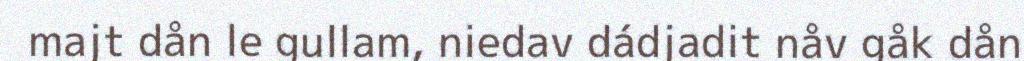
majt dån le gullam, niedav dádjadit nåv gåk dån